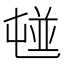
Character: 𡴢